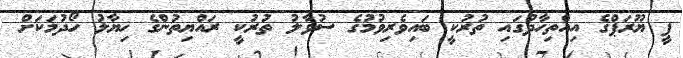
ޕީ ޔޫރަޕްގެ އިއްތިހާދުގައި ތުރުކީ ބައިވެރިވުމުގެ ސުވާލު ތުރުކީ ރައްޔިތުންގެ ޚިޔާލު ހޯދުމަކަށް